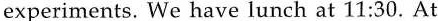
experiments. We have lunch at 11:30. At